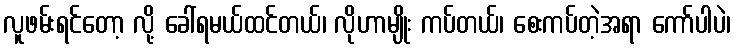
လူဖမ်းရင်တော့ လို့ ခေါ်ရမယ်ထင်တယ်၊ လိုဟာမျိုး ကပ်တယ်၊ စေးကပ်တဲ့အရာ ကော်ပါပဲ၊